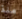
منذ